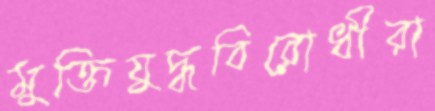
মুক্তিযুদ্ধবিরোধীরা